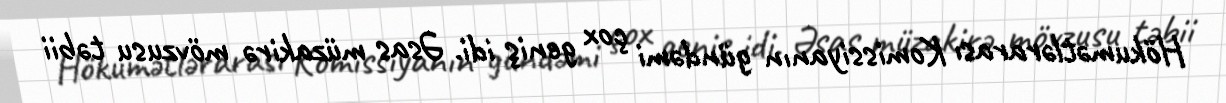
Hökumətlərarası Komissiyanın gündəmi çox geniş idi. Əsas müzakirə mövzusu təbii